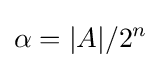
\alpha =|A|/2^{n}